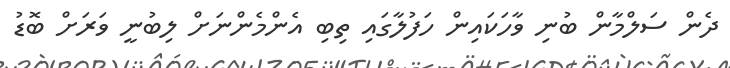
ދެން ސަލްމާން ބުނި ވާހަކައިން ހަފުލާގައި ތިބި އެންމެންނަށް ލިބުނީ ވަރަށް ބޮޑު